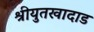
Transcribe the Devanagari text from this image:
श्रीयुतखादाड